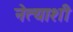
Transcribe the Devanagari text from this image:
नेत्याशी